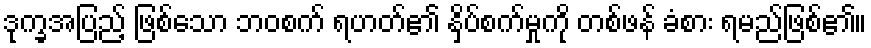
ဒုက္ခအပြည့် ဖြစ်သော ဘဝစက် ရဟတ်၏ နှိပ်စက်မှုကို တစ်ဖန် ခံစား ရမည်ဖြစ်၏။